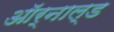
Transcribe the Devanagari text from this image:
ऑर्नाल्ड